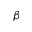
\beta